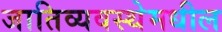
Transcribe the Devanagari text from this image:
जातिव्यवस्थेमधील